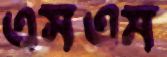
এসএম